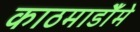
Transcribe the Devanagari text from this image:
काठमाडौँमे